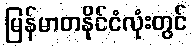
မြန်မာတနိုင်ငံလုံးတွင်